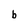
Character: b